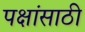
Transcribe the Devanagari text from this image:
पक्षांसाठी